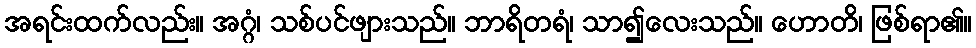
အရင်းထက်လည်း။ အဂ္ဂံ၊ သစ်ပင်ဖျားသည်။ ဘာရိတရံ၊ သာ၍လေးသည်။ ဟောတိ၊ ဖြစ်ရာ၏။